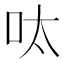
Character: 呔